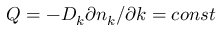
Q = - D _ { k } \partial n _ { k } / \partial k = c o n s t